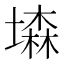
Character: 𡑓